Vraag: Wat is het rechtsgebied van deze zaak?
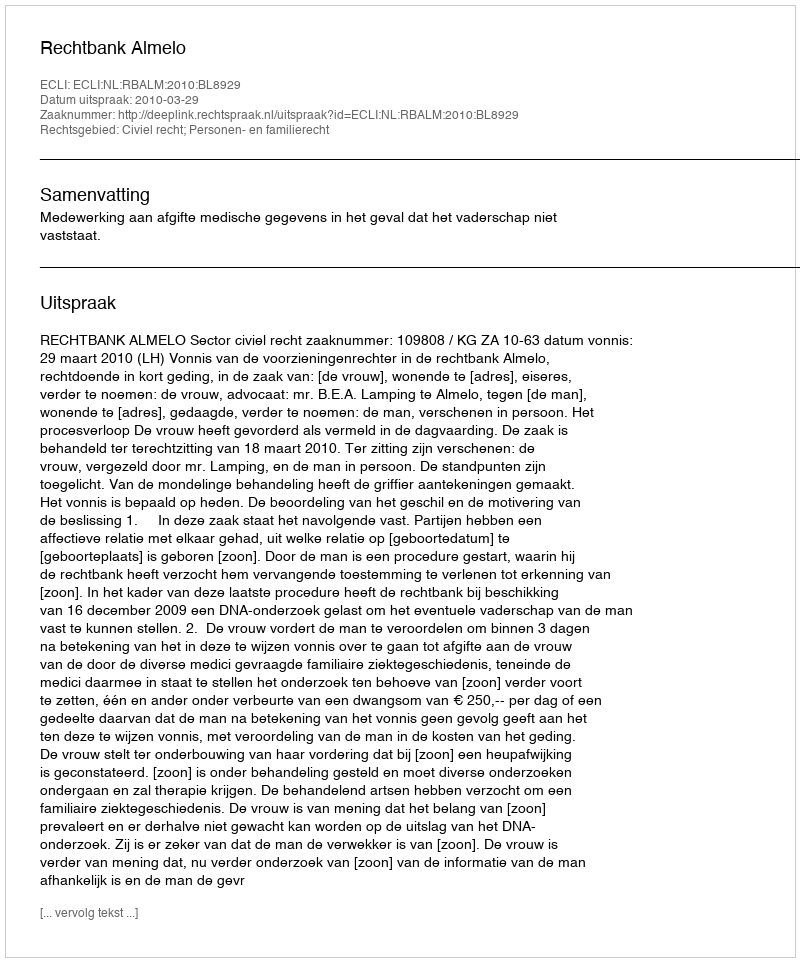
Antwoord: Civiel recht; Personen- en familierecht